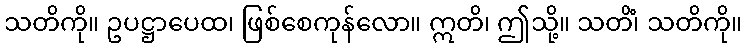
သတိကို။ ဥပဋ္ဌာပေထ၊ ဖြစ်စေကုန်လော။ ဣတိ၊ ဤသို့။ သတိံ၊ သတိကို။